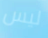
ليس